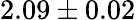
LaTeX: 2.09\pm 0.02